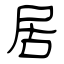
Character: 居